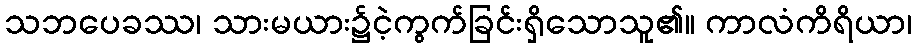
သဘပေခဿ၊ သားမယား၌ငဲ့ကွက်ခြင်းရှိသောသူ၏။ ကာလံကိရိယာ၊